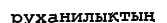
руханилықтың